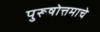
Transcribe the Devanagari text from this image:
पुरूषोत्तमाचे